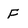
Character: F